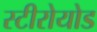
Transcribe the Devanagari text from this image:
स्टीरोयोड